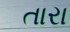
તારા